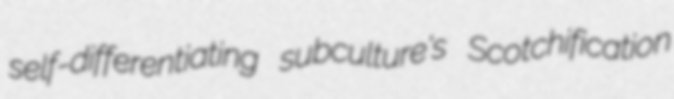
self-differentiating subculture's Scotchification